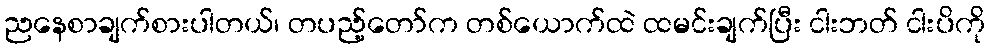
ညနေစာချက်စားပါတယ်၊ တပည့်တော်က တစ်ယောက်ထဲ ထမင်းချက်ပြီး ငါးဘတ် ငါးပိကို